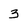
Character: 3